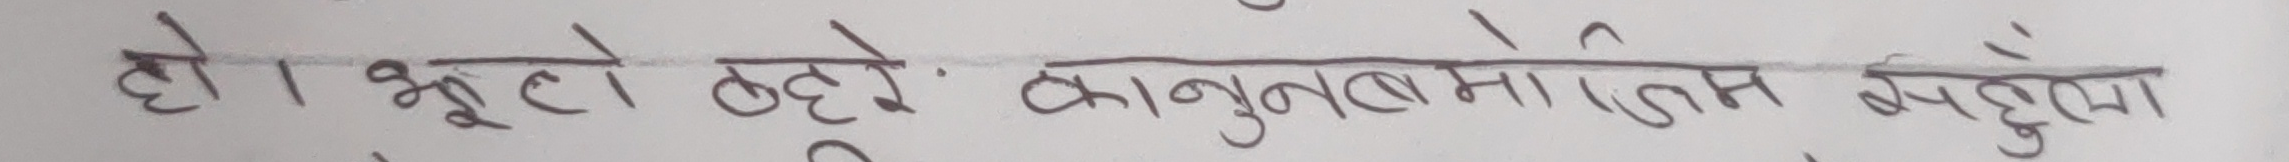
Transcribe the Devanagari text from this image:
हो। भूटो कुहें कानूनबमोजिम वधुँमा